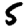
Digit: 5